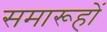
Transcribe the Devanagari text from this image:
समारूहों